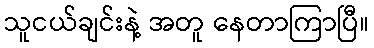
သူငယ်ချင်းနဲ့ အတူ နေတာကြာပြီ။